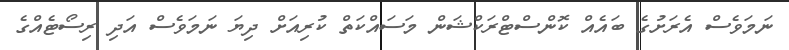
ނަމަވެސް އެރަށުގެ ބައެއް ކޮންސްޓްރަކްޝަން މަސައްކަތް ކުރިއަށް ދިޔަ ނަމަވެސް އަދި ރިސޯޓެއްގެ